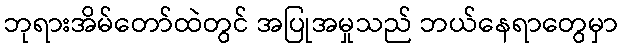
ဘုရားအိမ်တော်ထဲတွင် အပြုအမှုသည် ဘယ်နေရာတွေမှာ